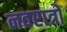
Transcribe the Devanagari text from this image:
नवरात्रो